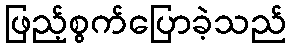
ဖြည့်စွက်ပြောခဲ့သည်